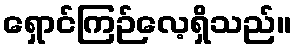
ရှောင်ကြဉ်လေ့ရှိသည်။